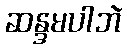
ဆန္ဒမပါဘဲ